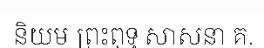
និយម ព្រះពុទ្ធ សាសនា គ.